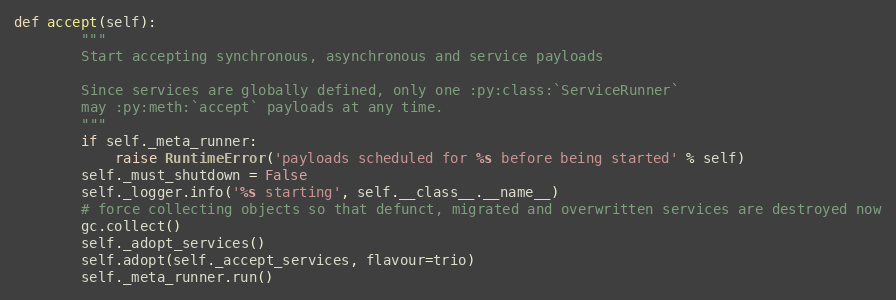
Language: Python
def accept(self):
        """
        Start accepting synchronous, asynchronous and service payloads

        Since services are globally defined, only one :py:class:`ServiceRunner`
        may :py:meth:`accept` payloads at any time.
        """
        if self._meta_runner:
            raise RuntimeError('payloads scheduled for %s before being started' % self)
        self._must_shutdown = False
        self._logger.info('%s starting', self.__class__.__name__)
        # force collecting objects so that defunct, migrated and overwritten services are destroyed now
        gc.collect()
        self._adopt_services()
        self.adopt(self._accept_services, flavour=trio)
        self._meta_runner.run()